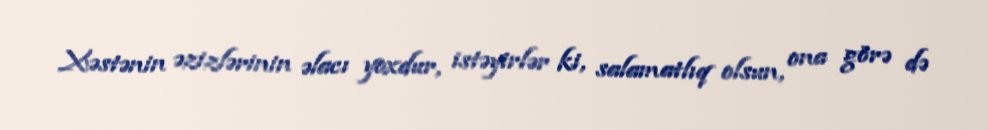
Xəstənin əzizlərinin əlacı yoxdur, istəyirlər ki, salamatlıq olsun, ona görə də